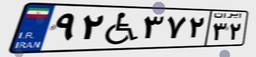
۴۱W۲۳۸۰۰